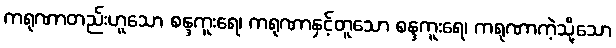
ကရုဏာတည်းဟူသော စန္ဒကူးရေ၊ ကရုဏာနှင့်တူသော စန္ဒကူးရေ၊ ကရုဏာကဲ့သို့သော